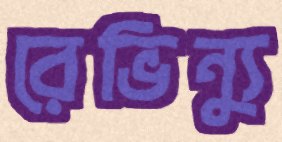
রেভিন্যু